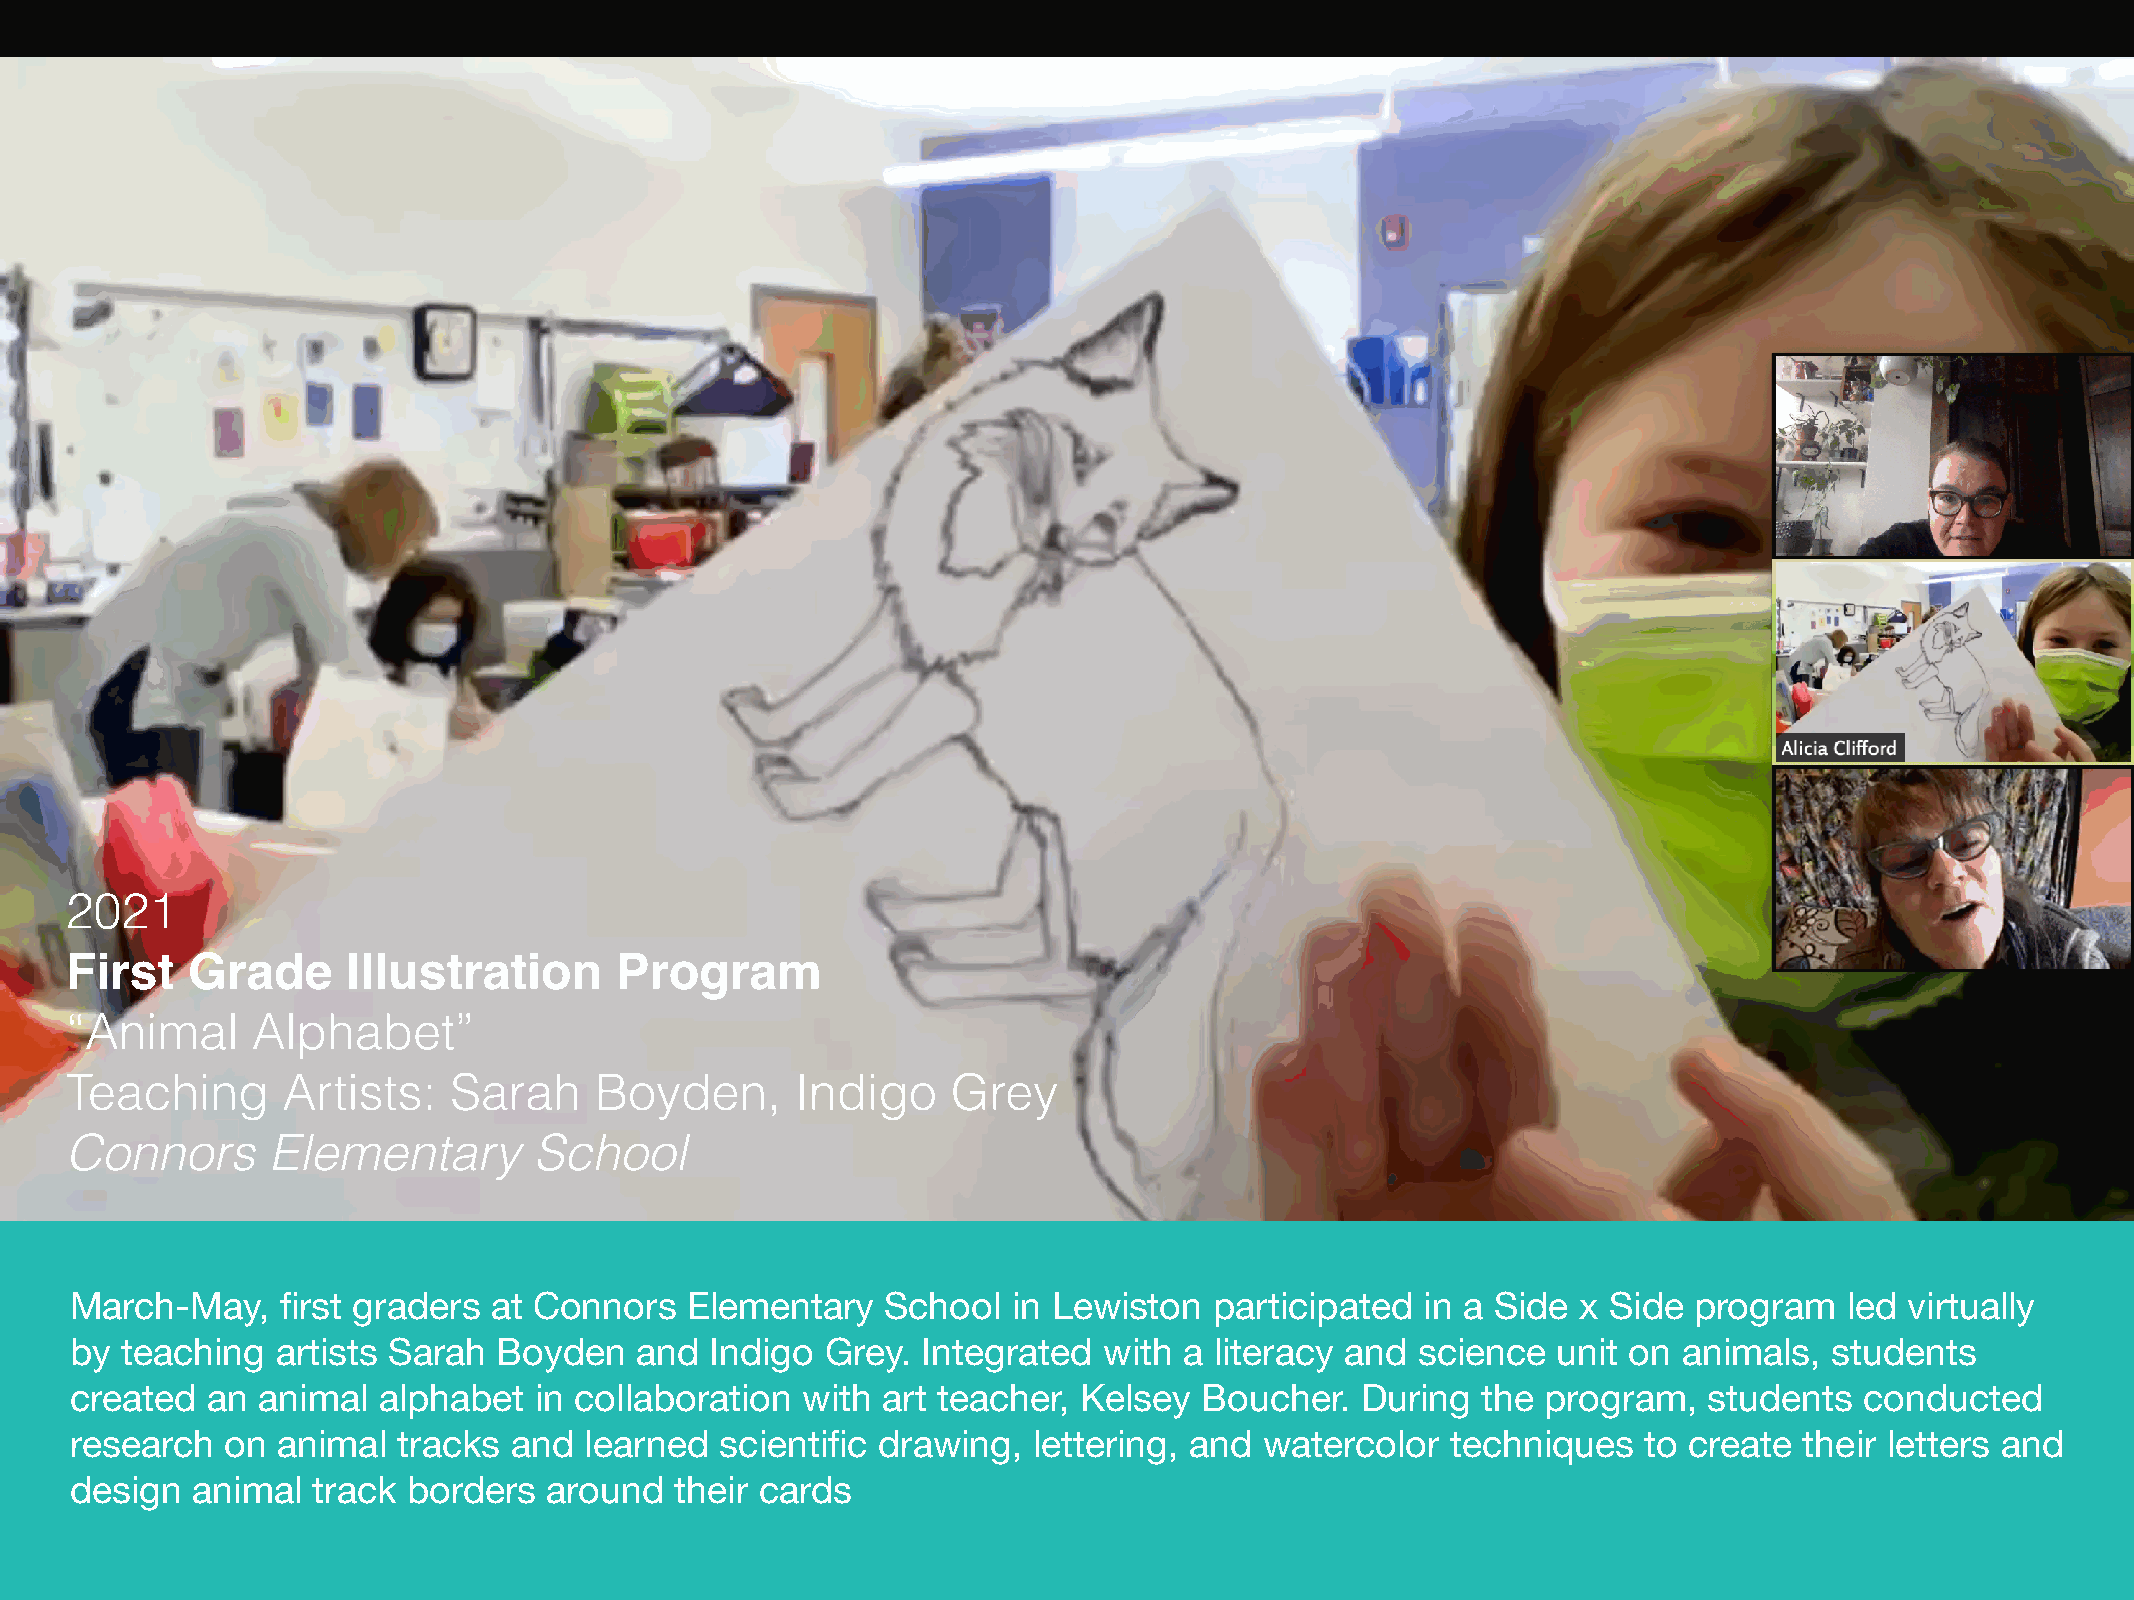
2021
 First   Grade      Illustration      Program
 “Animal      Alphabet”
 Teaching       Artists:   Sarah    Boyden,       Indigo    Grey
 Connors       Elementary       School
 March-May,    first graders at Connors  Elementary    School  in Lewiston  participated  in a Side  x Side program   led virtually
 by teaching  artists Sarah  Boyden   and  Indigo  Grey. Integrated  with a literacy and  science  unit on animals,  students
 created  an animal  alphabet  in collaboration  with art teacher, Kelsey   Boucher.  During  the program,   students  conducted
 research  on animal  tracks  and  learned  scientific drawing, lettering, and  watercolor  techniques   to create their letters and
 design  animal  track borders  around   their cards